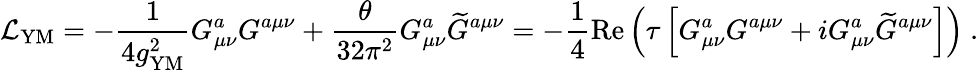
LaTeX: {\cal L}_{\mathrm{YM}}=-{\frac{1}{4g_{\mathrm{YM}}^{2}}}G_{\mu\nu}^{a}G^{a\mu\nu}+{\frac{\theta}{32\pi^{2}}}G_{\mu\nu}^{a}{\widetilde G}^{a\mu\nu}=-{\frac{1}{4}}\mathrm{Re}\left(\tau\left[G_{\mu\nu}^{a}G^{a\mu\nu}+iG_{\mu\nu}^{a}{\widetilde G}^{a\mu\nu}\right]\right)~.